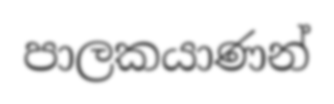
පාලකයාණන්